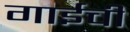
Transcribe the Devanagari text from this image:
गाईचीं